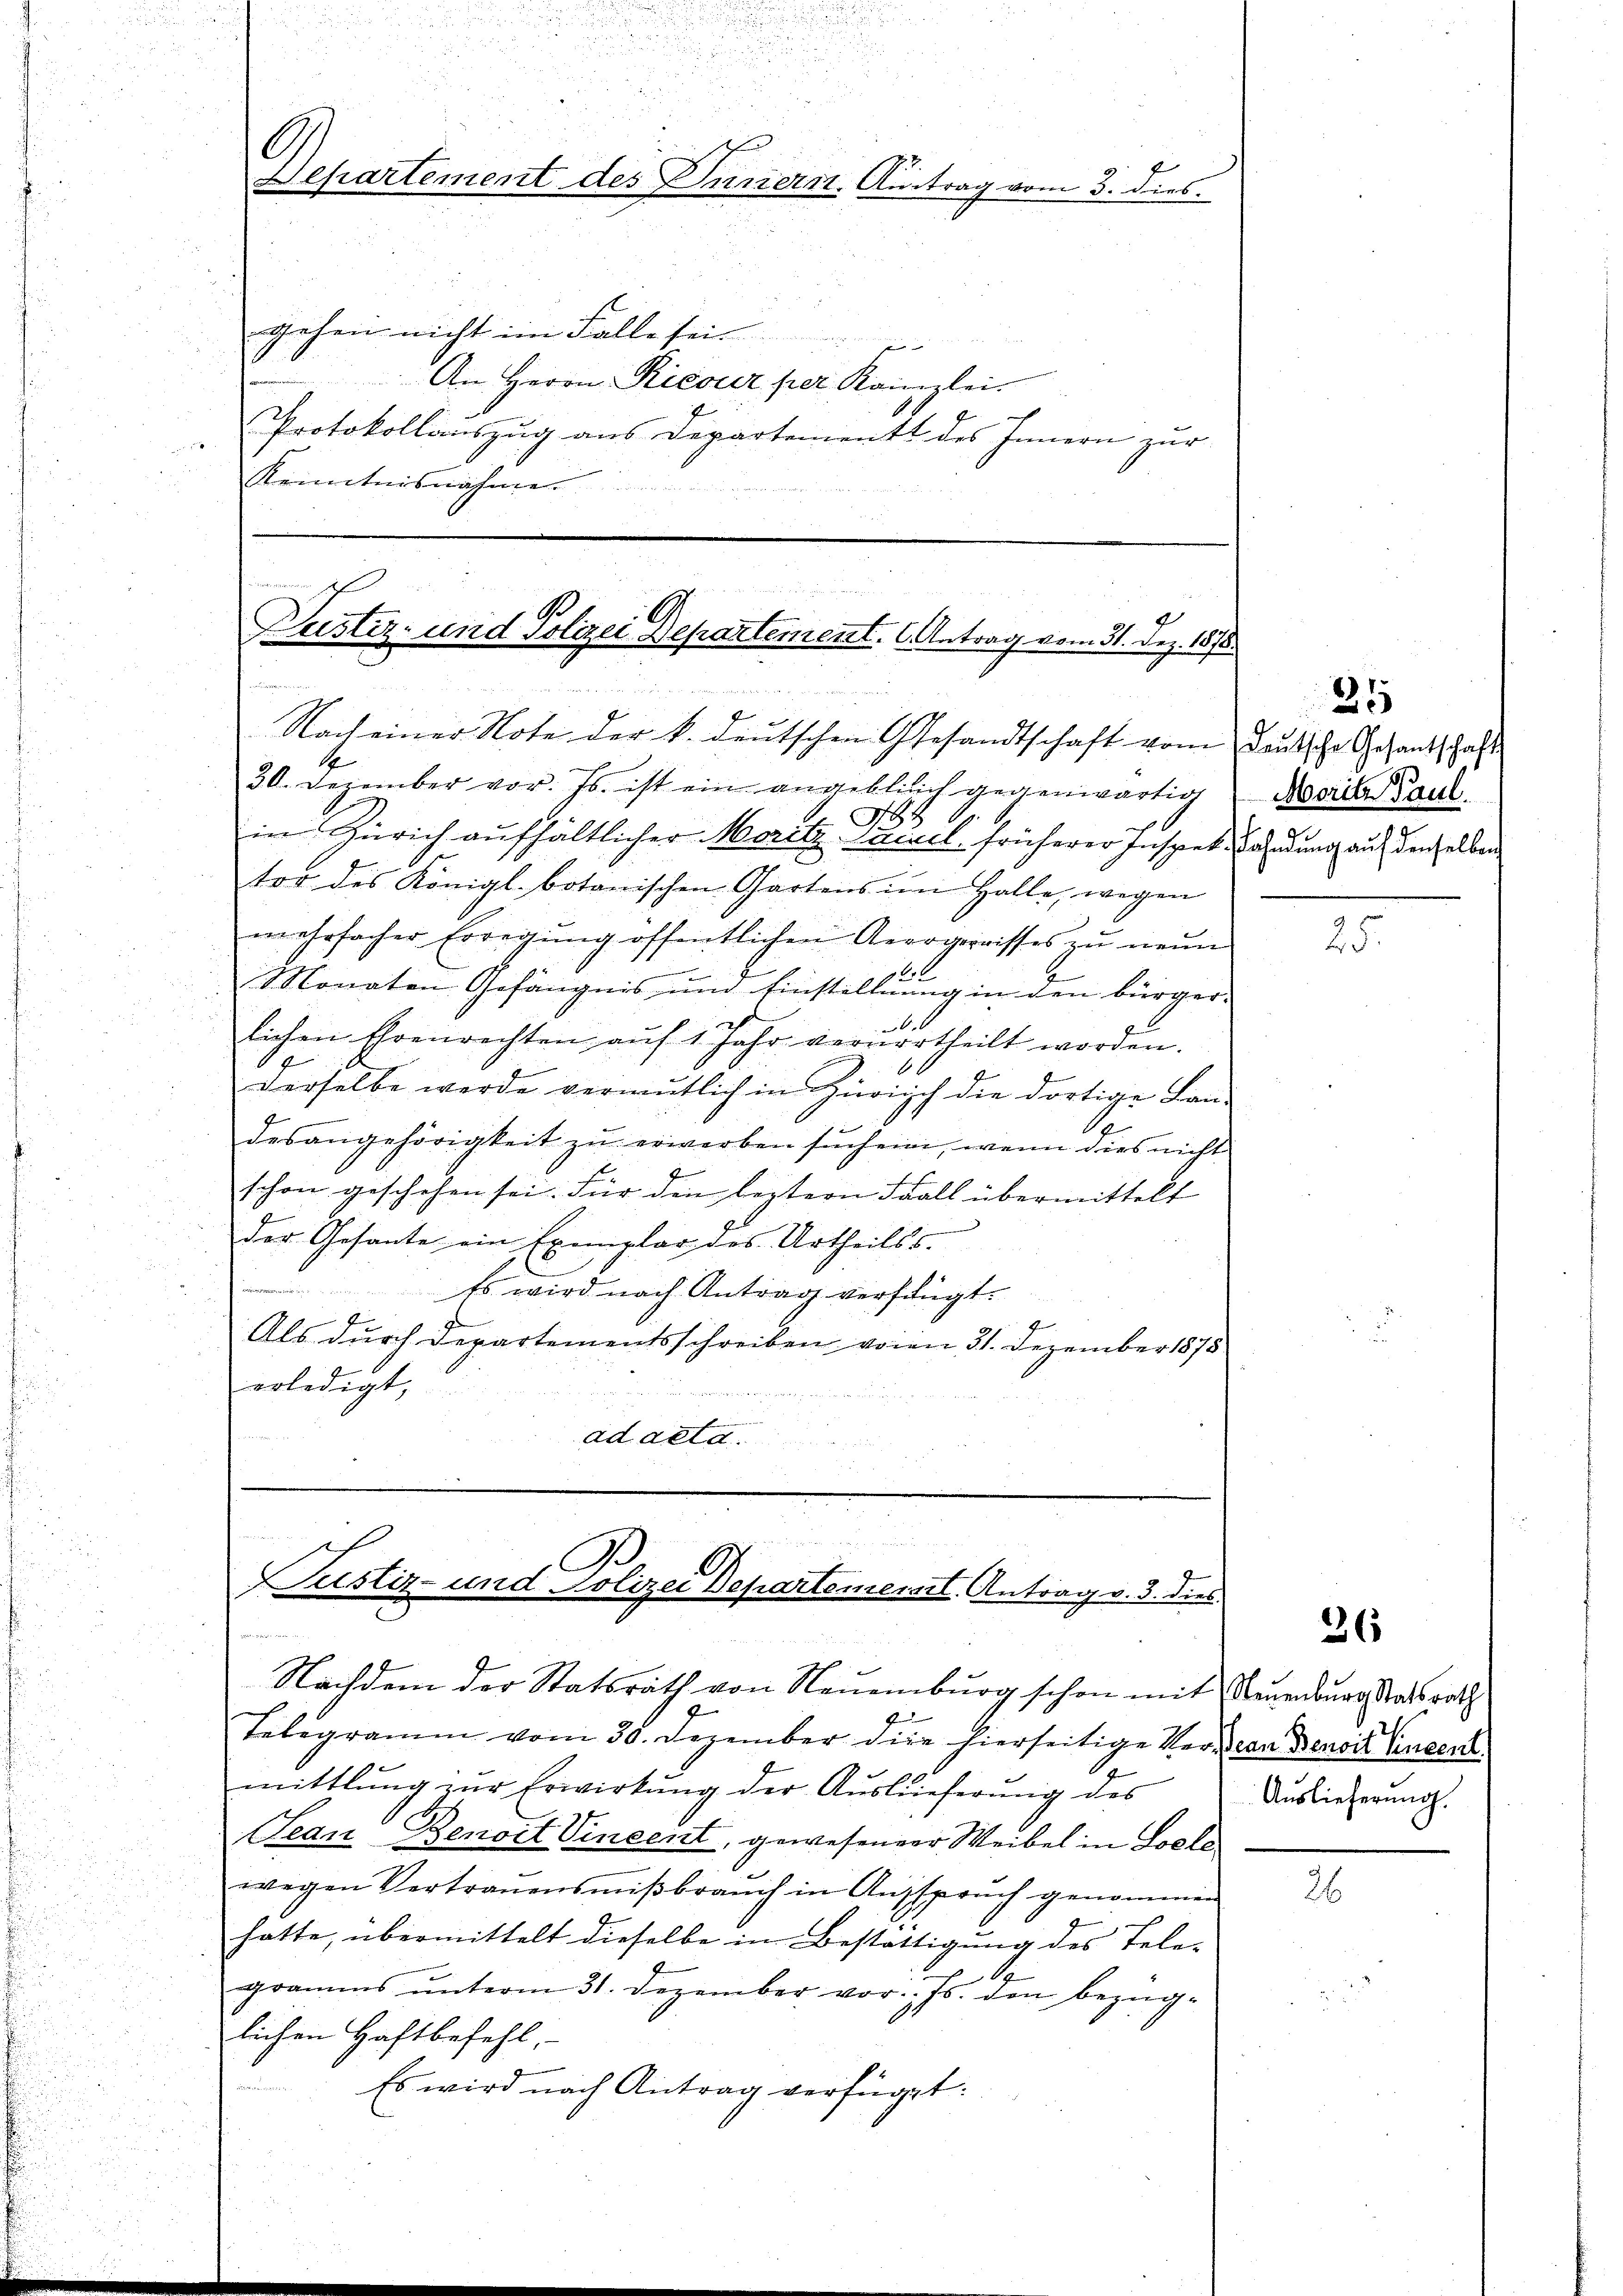
784
in Zürich aufhältlicher Moritz-Waisel früherer Inspek Fahndung auf denselben
tor des Königl. botanischen Gartens im Halle, wegen
mehrfacher Erregŭng öffentlichen Aerogernisses zu neun
1
Monaten Gefängnis und Einstellung in den bürger-
s
h
6
lichen Ehrenrechten aŭf 1 Jahr vervortheilt worden.

derselbe werde vermutlich in Zürich die dortige Lan-
A
desangehörigkeit zŭ erwerben suchein, wenn dies nicht
schon geschehen sei. Für den leztern Fall übermittelt
der Gesante ein Exemplar des Urtheilss.
Es wird nach Antrag verfügt.
Als durch Departementsschreiben voren 31. Dezember 1875
erledigt,
ad der d.

6
Separtement des Innern. Antrag vom 3. dies
Gehein nicht im Falle sei.
An Herrn Ricouer per Kanzlei.
Protokollauszug aus Departements des Innern zur
Kenntnisnahme.

d
Plustiz- und Polizei Departement. C. Antrag vom 31. Dez. 1878.
fourneren ein
Nach einer Note der k. deutschen Gesandtschaft vom Deutsche Gesantschaft
I
30. Dezember vor. Js. ist ein angeblich gegenwärtig

s
Justiz- und Polizei Departement. Antrag v. 3. dies
e

Nachdem der Statsrath von Neuenburg schon mit Neuenburg Staatsrath
.
Telegramm vom 30. Dezember die hierseitige Verden Benoit Cincen
mittlung zŭr Erwirkung der Auslieferung des
SeanBenoit Vincent, gewesener Weibel in Loele
wegen Vertrauensmiβbraŭch in Aŭssprŭch genommen
hatte, übermittelt dieselbe in Bestättigung des Tele-
gramms ŭnterm 31. Dezember vor. Js. den bezüg-
lichen Haftbefehl,
Es wird nach Antrag verfüget:

25
Morit Paul

F

26

Auslieferung.